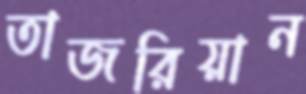
তাজরিয়ান